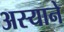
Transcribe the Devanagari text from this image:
अस्याने